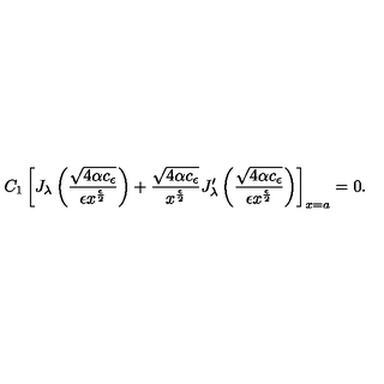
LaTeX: C _ { 1 } \left[ J _ { \lambda } \left( \frac { \sqrt { 4 \alpha c _ { \epsilon } } } { \epsilon x ^ { \frac { \epsilon } { 2 } } } \right) + \frac { \sqrt { 4 \alpha c _ { \epsilon } } } { x ^ { \frac { \epsilon } { 2 } } } J _ { \lambda } ^ { \prime } \left( \frac { \sqrt { 4 \alpha c _ { \epsilon } } } { \epsilon x ^ { \frac { \epsilon } { 2 } } } \right) \right] _ { x = a } = 0 .